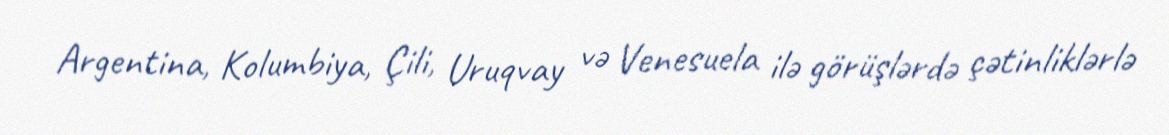
Argentina, Kolumbiya, Çili, Uruqvay və Venesuela ilə görüşlərdə çətinliklərlə